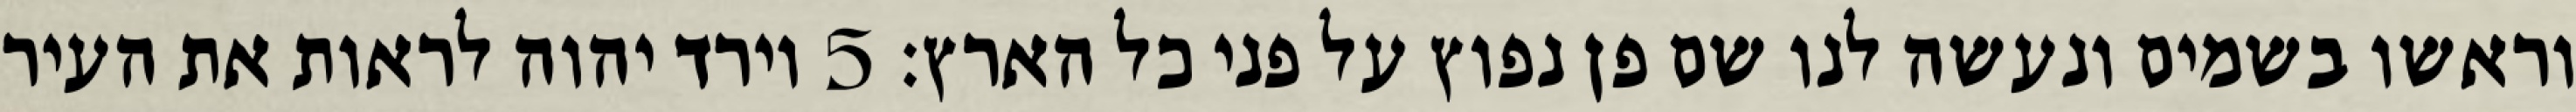
וראשו בשמים ונעשה לנו שם פן נפוץ על פני כל הארץ׃ ‎5‏ וירד יהוה לראות את העיר